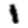
Digit: 1